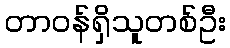
တာဝန်ရှိသူတစ်ဦး